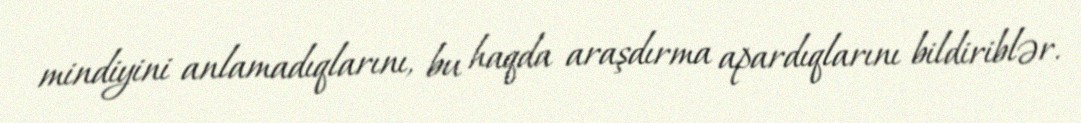
mindiyini anlamadıqlarını, bu haqda araşdırma apardıqlarını bildiriblər.